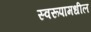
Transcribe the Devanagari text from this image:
स्वरूपामधील